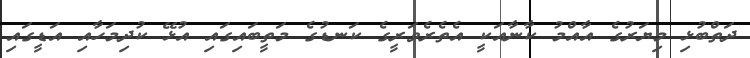
ދަތްބުޅި މިޔަރުގެ އާއްމު ކާނާއަކީ އެތެރެވަރީގެ ކަނޑުގެ މަތީބައިގައި އުޅޭ ކުދިމަހާއި އަޑީގައި